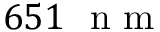
6 5 1 ~ \mathrm { ~ n ~ m ~ }